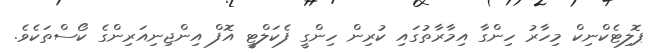
ޕޮލިޓެކްނިކް މިހާރު ހިންގާ އިމާރާތުގައި ކުރިން ހިންގީ ފެކަލްޓީ އޮފް އިންޖިނިއަރިންގެ ކޯސްތަކެވެ.